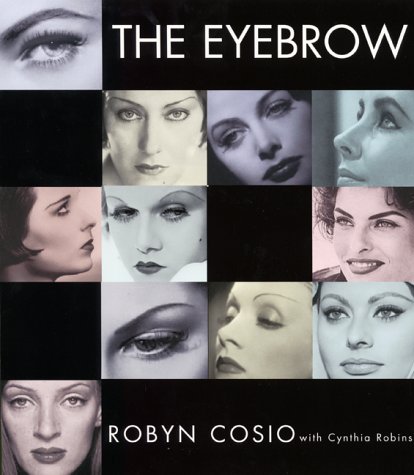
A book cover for The Eyebrow; Robyn Cosio; Health, Fitness & Dieting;